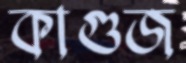
কাগুজ